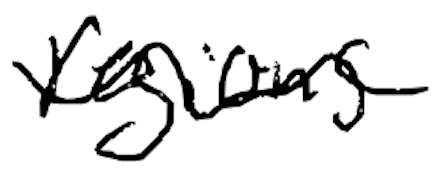
Text: regions
Cross-out: wave
Writing tool: digital_black